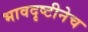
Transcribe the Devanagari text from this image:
भावदृष्टीनेच